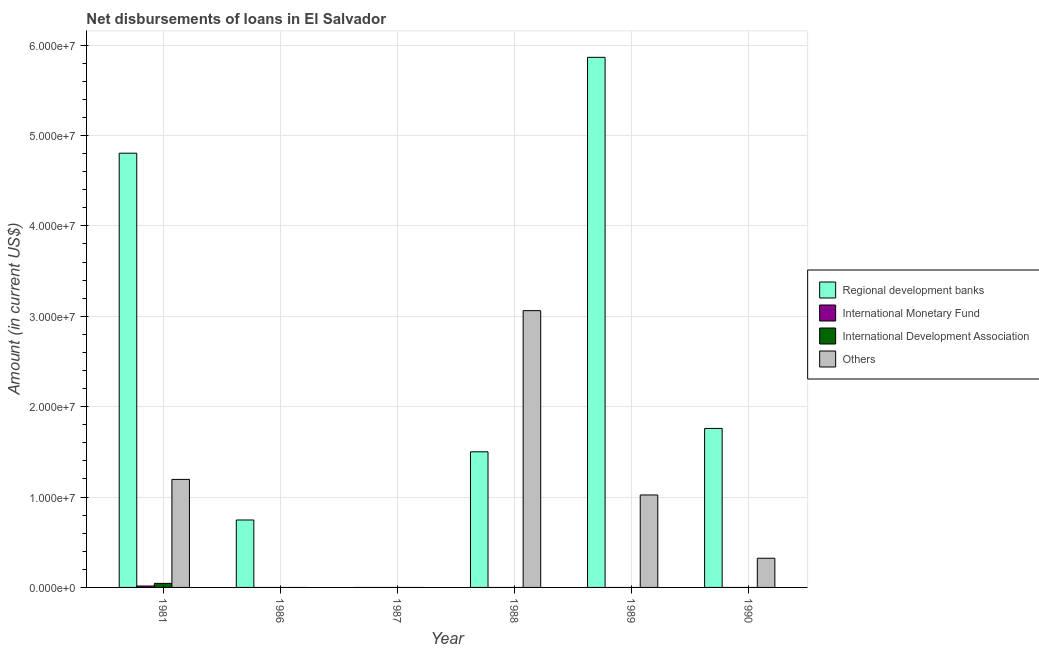
| Year | Regional development banks | International Monetary Fund | International Development Association | Others |
 | --- | --- | --- | --- | --- |
 | 1981 | 4.8e+07 | 1.56e+05 | 4.47e+05 | 1.2e+07 |
 | 1986 | 7.46e+06 | -4.59e+06 | -5.59e+05 | -3.54e+06 |
 | 1987 | -1.97e+06 | -5.12e+06 | -4.73e+05 | -3.79e+06 |
 | 1988 | 1.5e+07 | -5.26e+06 | -4.73e+05 | 3.06e+07 |
 | 1989 | 5.87e+07 | -5.02e+06 | -2.68e+05 | 1.02e+07 |
 | 1990 | 1.76e+07 | -5.31e+06 | -6.78e+05 | 3.23e+06 |